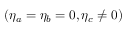
( \eta _ { a } = \eta _ { b } = 0 , \eta _ { c } \neq 0 )